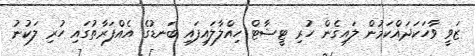
ޒަވީ ވާހަކަދައްކަމުން ލައިގެން ހުރި ޓީޝާޓް ހިއްލާލައިފައި ބަނޑުގެ އެއްފަރާތުގައި ހުރި ލަކުނު